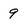
Character: 9